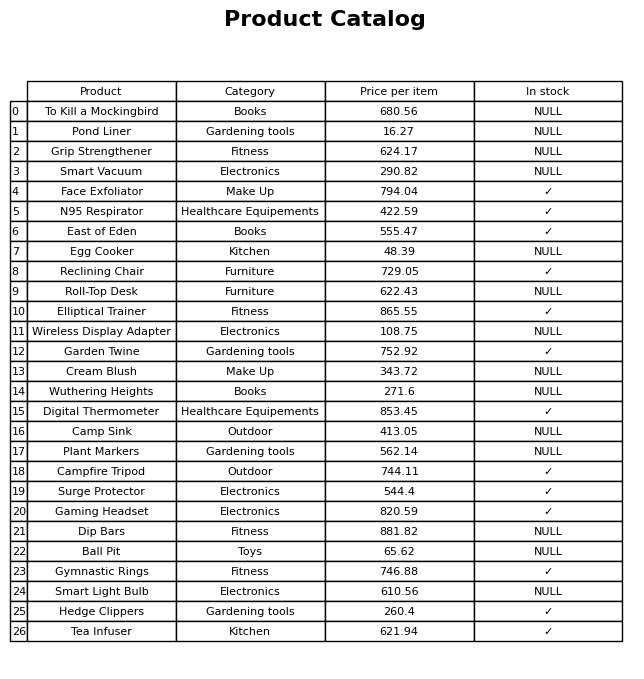
question: Which products are available in stock?
answer: Face Exfoliator, N95 Respirator, East of Eden, Reclining Chair, Elliptical Trainer, Garden Twine, Digital Thermometer, Campfire Tripod, Surge Protector, Gaming Headset, Gymnastic Rings, Hedge Clippers, Tea Infuser